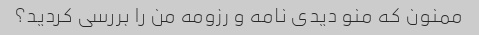
ممنون که منو دیدی نامه و رزومه من را بررسی کردید؟